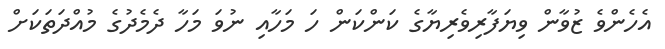
އެހެންވެ ޒުވާން ވިޔަފާރިވެރިޔާގެ ކަންކަން ހަ މަހާއި ނުވަ މަހާ ދެމެދުގެ މުއްދަތަކަށް